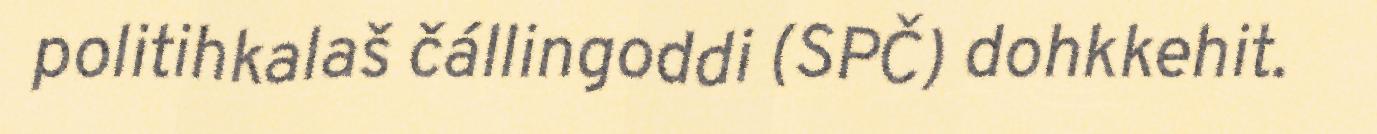
politihkalaš čállingoddi (SPČ) dohkkehit.